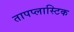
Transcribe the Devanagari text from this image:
तापप्लास्टिक